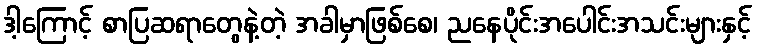
ဒါ့ကြောင့် စာပြဆရာတွေနဲ့တဲ့ အခါမှာဖြစ်စေ၊ ညနေပိုင်းအပေါင်းအသင်းများနှင့်